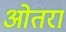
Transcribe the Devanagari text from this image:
ओतरा